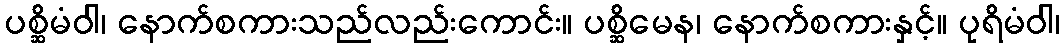
ပစ္ဆိမံဝါ၊ နောက်စကားသည်လည်းကောင်း။ ပစ္ဆိမေန၊ နောက်စကားနှင့်။ ပုရိမံဝါ၊